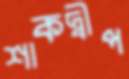
শাকদ্বীপ